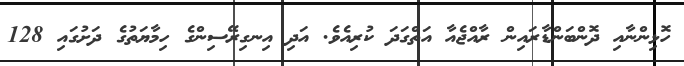
ހޮޅިންނާއި ދޮންބަންޑާރައިން ރާއްޖެއާ އަތްގަދަ ކުރިއެވެ. އަދި އިނގިރޭސިންގެ ހިމާޔަތުގެ ދަށުގައި 128